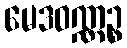
မေဒဝဏ္ဏဉ္စ